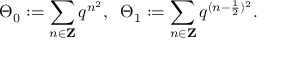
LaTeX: \Theta _ { 0 } : = \sum _ { n \in { \bf Z } } q ^ { n ^ { 2 } } , \; \; \Theta _ { 1 } : = \sum _ { n \in { \bf Z } } q ^ { ( n - \frac { 1 } { 2 } ) ^ { 2 } } .